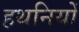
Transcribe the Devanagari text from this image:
हथनियों